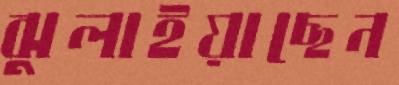
ঝুলাইয়াছেন